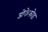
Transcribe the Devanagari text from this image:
डोकेफोड